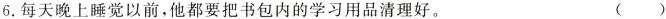
6.每天晚上睡觉以前，他都要把书包内的学习用品清理好 。（）